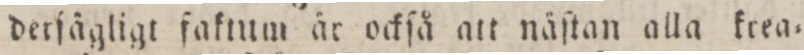
derſägligt faktum är ockſå att näſtan alla krea=